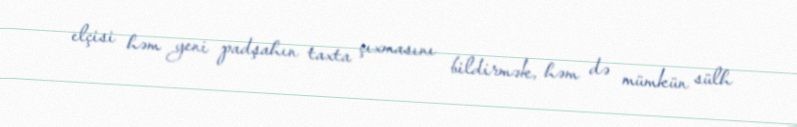
elçisi həm yeni padşahın taxta çıxmasını bildirmək, həm də mümkün sülh